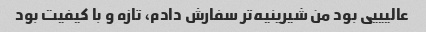
عالیییی بود من شیرینیه‌تر سفارش دادم، تازه و با کیفیت بود